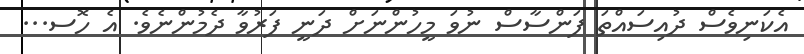
އެކަނިވެސް ދުއިސައްތަ ފަންސާސް ނުވަ މީހުންނަށް ދަނީ ފަރުވާ ދެމުންނެވެ. އެ ހޮސ...